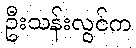
ဦးသန်းလွင်က